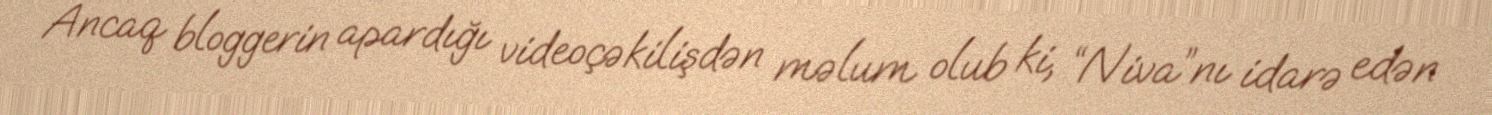
Ancaq bloggerin apardığı videoçəkilişdən məlum olub ki, “Niva”nı idarə edən